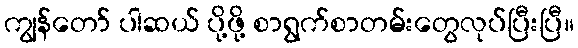
ကျွန်တော် ပါဆယ် ပို့ဖို့ စာရွက်စာတမ်းတွေလုပ်ပြီးပြီ။